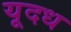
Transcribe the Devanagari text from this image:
यूदध